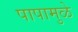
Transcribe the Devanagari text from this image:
पापामुळे